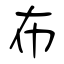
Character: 布